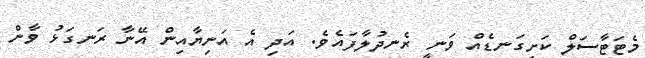
މެޓަޓާސަލް ކަށިގަނޑެއް ވަނީ ރެނދުލާފައެވެ. އަދި އެ އަނިޔާއިން އޭނާ ރަނގަޅު ވާން